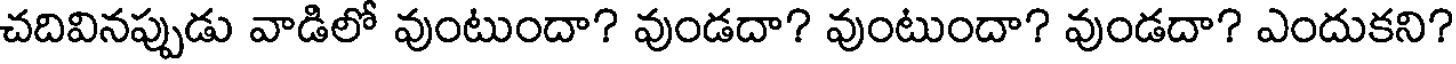
చదివినప్పుడు వాడిలో వుంటుందా? వుండదా? వుంటుందా? వుండదా? ఎందుకని?